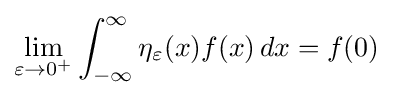
\lim _{\varepsilon \to 0^{+}}\int _{-\infty }^{\infty }\eta _{\varepsilon }(x)f(x)\,dx=f(0)